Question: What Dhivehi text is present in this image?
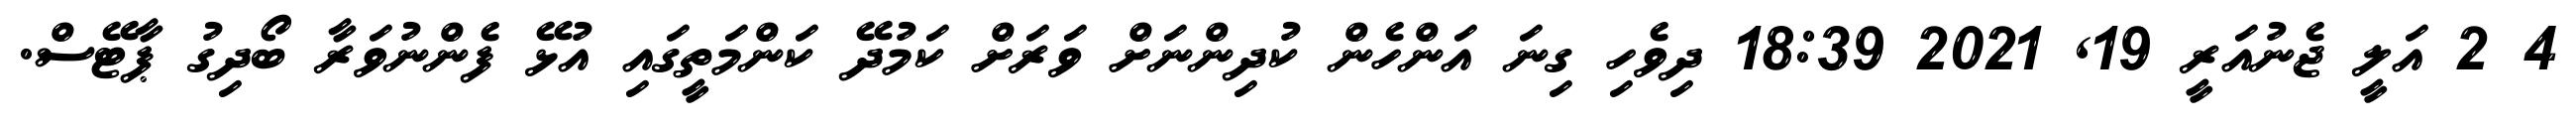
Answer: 4 2 އަލީ ޖެނުއަރީ 19, 2021 18:39 ދިވެހި ގިނަ އަންހެން ކުދިންނަށް ވަރަށް ކަމުދޭ ކަންމަތީގައި އުޅޭ ފެންނުވަރާ ބޯދިގު ޕާޓޭސް.